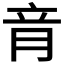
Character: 𦚏